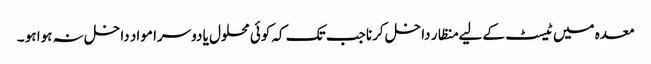
معدہ میں ٹیسٹ کے لیے منظار داخل کرنا جب تک کہ کوئی محلول یا دوسرا مواد داخل نہ ہوا ہو ۔